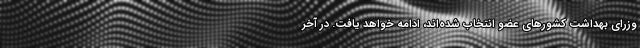
وزرای بهداشت کشورهای عضو انتخاب شده‌اند، ادامه خواهد یافت. در آخر